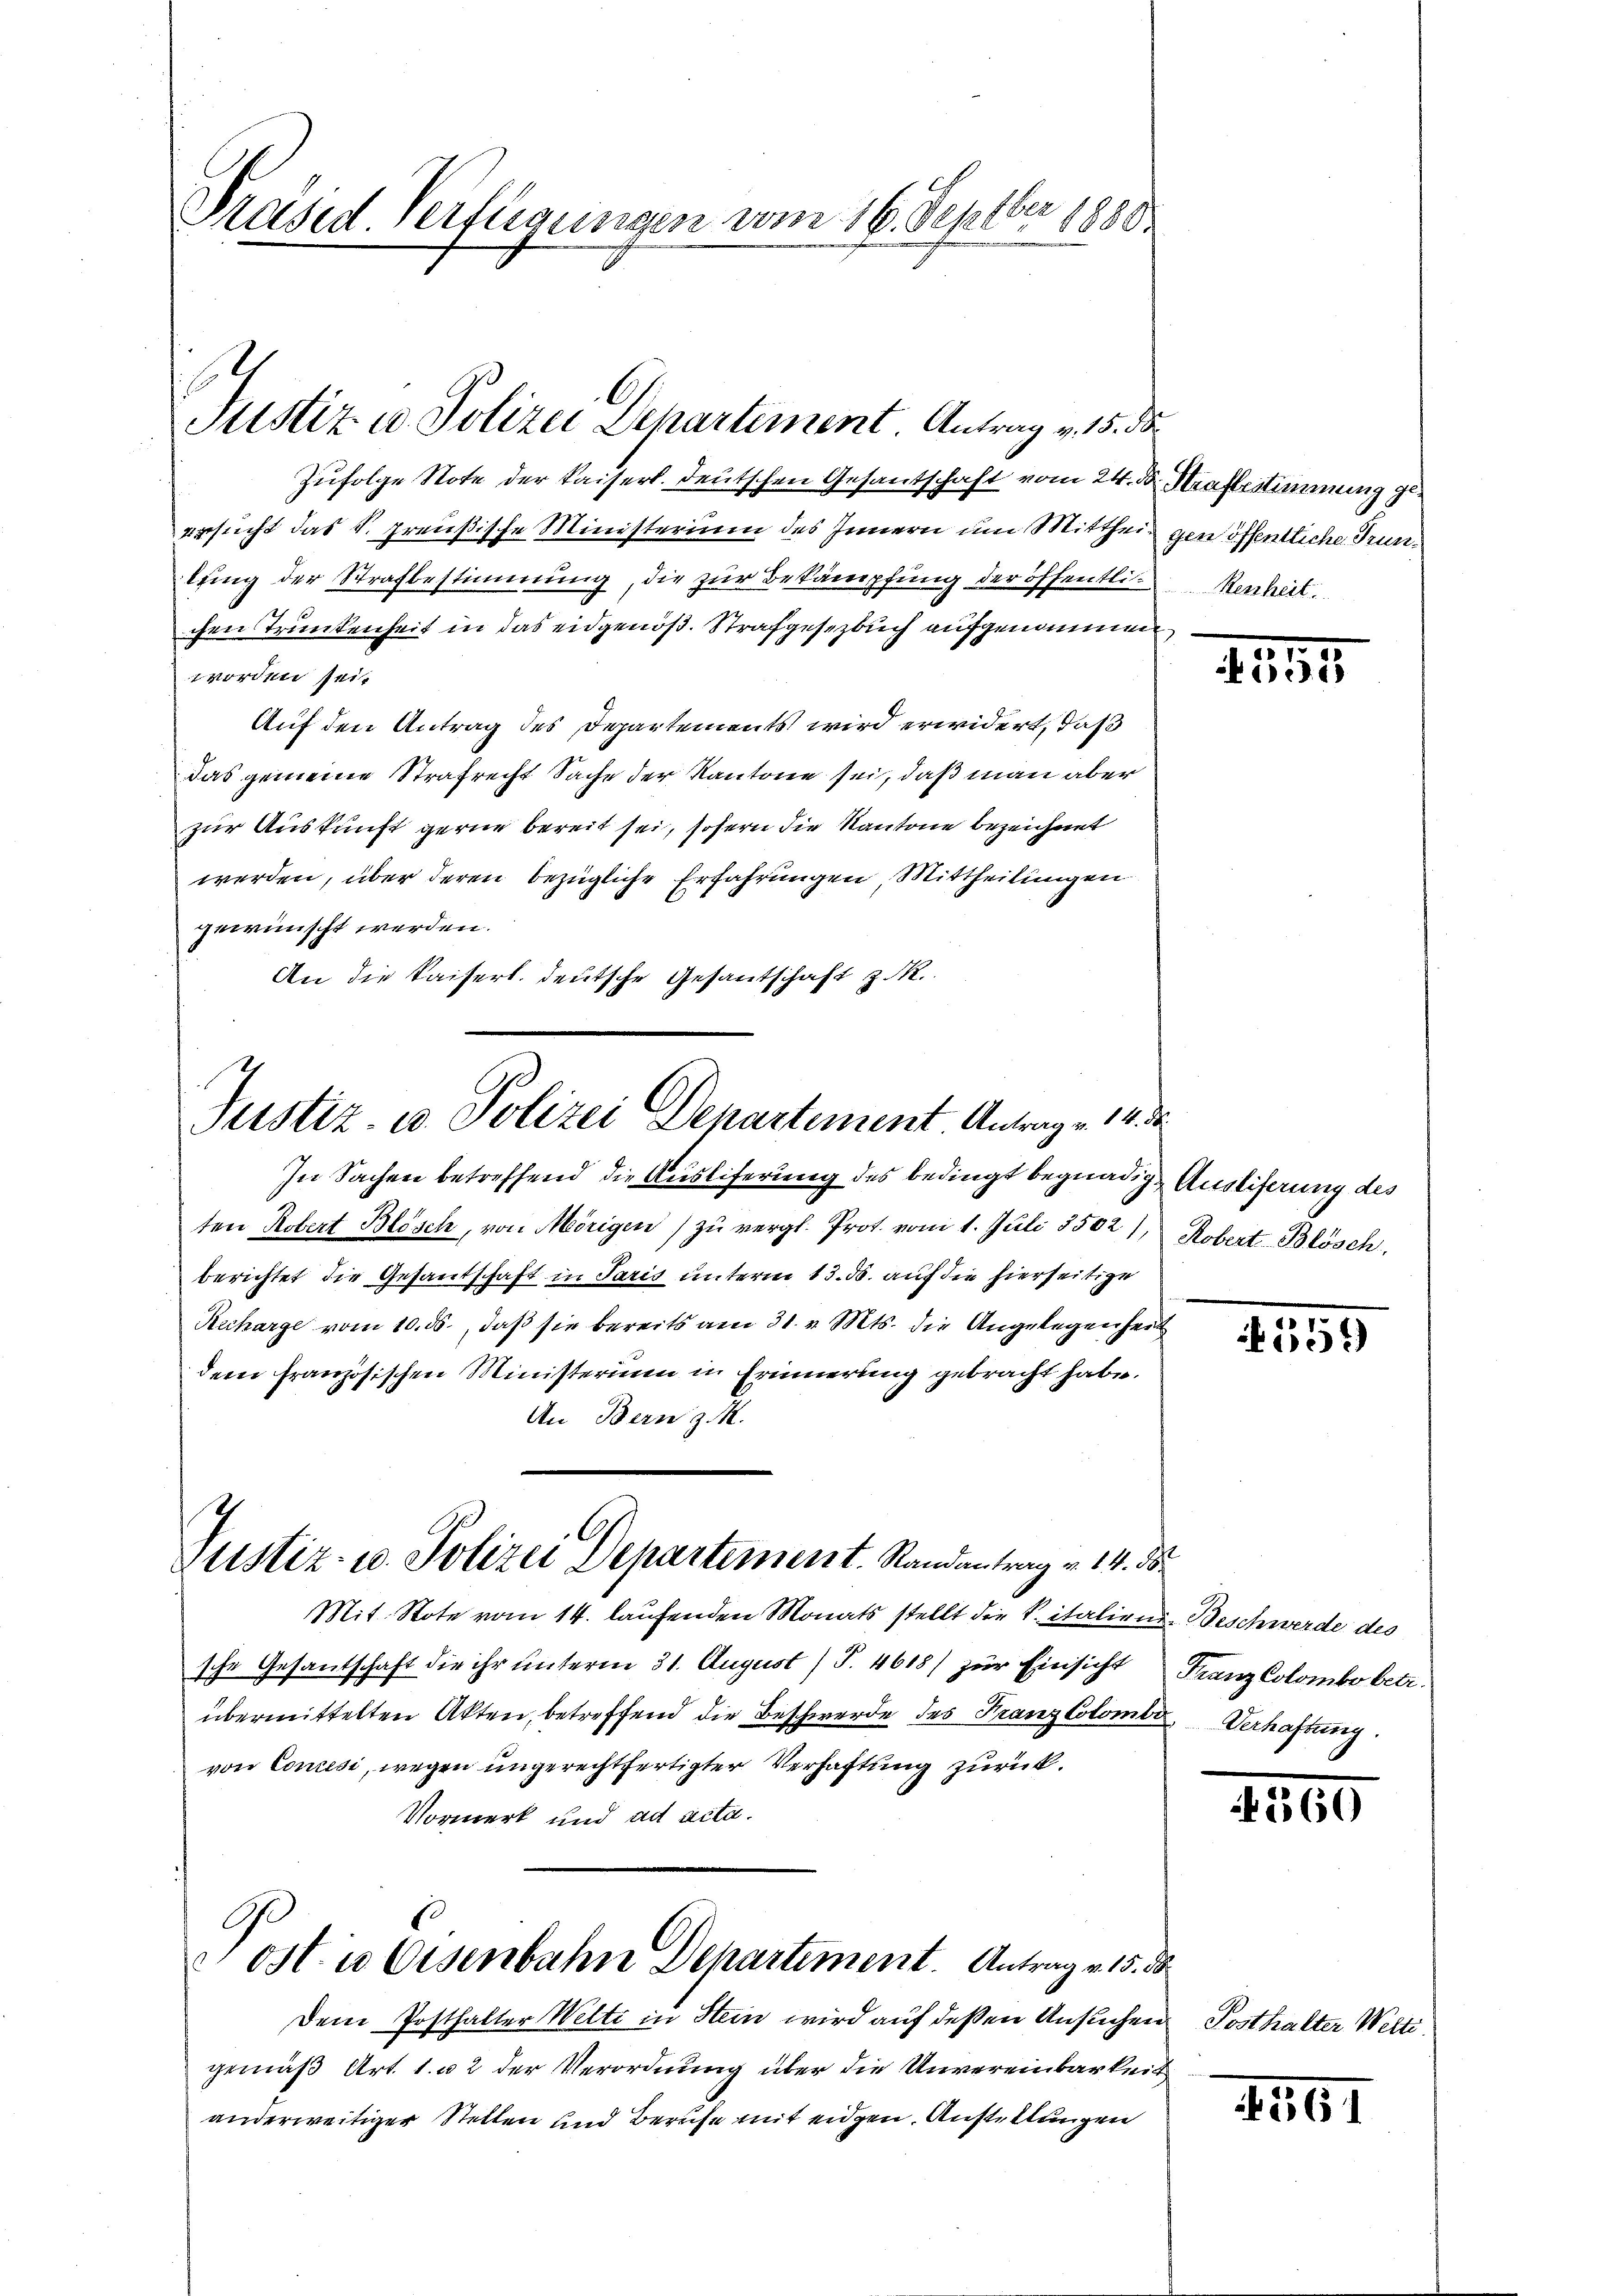
Präsid. Verfligungen vom 16. Septber 1888

E
Justiz u. Polizei Departement. Antrag v. 15. ds

Zufolge Note der Kaiserl. Deutschen Gesantschaft vom 24. d. Strafbestimmung ge
ersucht das k. preußische Ministerium des Innern um Mittheil gen öffentliche Trunlung der Strafbestimmung, die zur Bekämpfung der öffentlich
chen Trunkenheit in das eidgenöß. Strafgesezbuch aufgenommen
worden sei.
Auf den Antrag des Departements wird erwidert, daß
das gemeine Strafrecht Sache der Kantone sei, daß man aber
zur Auskunft gerne bereit sei, sofern die Kantone bezeichnet
werden, über deren bezügliche Erfahrungen, Mittheilungen
gewünscht werden.
An die kaiserl. deutsche Gesantschaft z. R.

Justiz- u. Polizei Departement Antrag v. 14.
In Sachen betreffend die Ausliferung des bedingt begnadige Auslieferung des

Justiz- u. Polizei Departement. Randantrag v. 14. d

ten Robert Blösch, von Mörigen zu vergl. Prot. vom 1. Juli 5502), Robert Blösch
berichtet die Gesandschaft in Paris unterm 13. ds. auf die hierseitige
Recharge vom 10. ds., daß sie bereits am 31. v. Mts. die Angelegenheit
der französischen Ministerium in Erinnerung gebracht habe.
An Bern z. M.
Mit. Stote vom 14. laufenden Monats stellt die K. italiene Beschwerde des
sche Gesandschaft die ihr unterm 31. August (T. 4618) zur Einsicht
übermittelten Akten, betreffend die Beschwerde des Franz Colombe Verhaftung
von Concesi, wegen ungerechtfertigter Verhaftung zurück.
Vormerk und ad acta.
C
Post in Eisenbahne Departiment. Antrag v. 15. d
Dem Posthalter Welti in Stein wird auf deßen Ansuchen
gemäß Art. 1. u 2 der Verordnung über die Unvereinbarkeit
anderweitiger Stellen und Berufe mit eidgen. Austellungen

Renheit

2594

559

Franz Colombo betr.

2560

Posthalter Welti.

4561